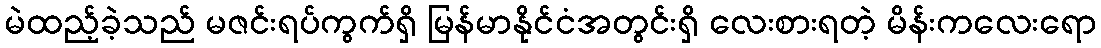
မဲထည့်ခဲ့သည် မဇင်းရပ်ကွက်ရှိ မြန်မာနိုင်ငံအတွင်းရှိ လေးစားရတဲ့ မိန်းကလေးရော